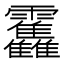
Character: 𱁫